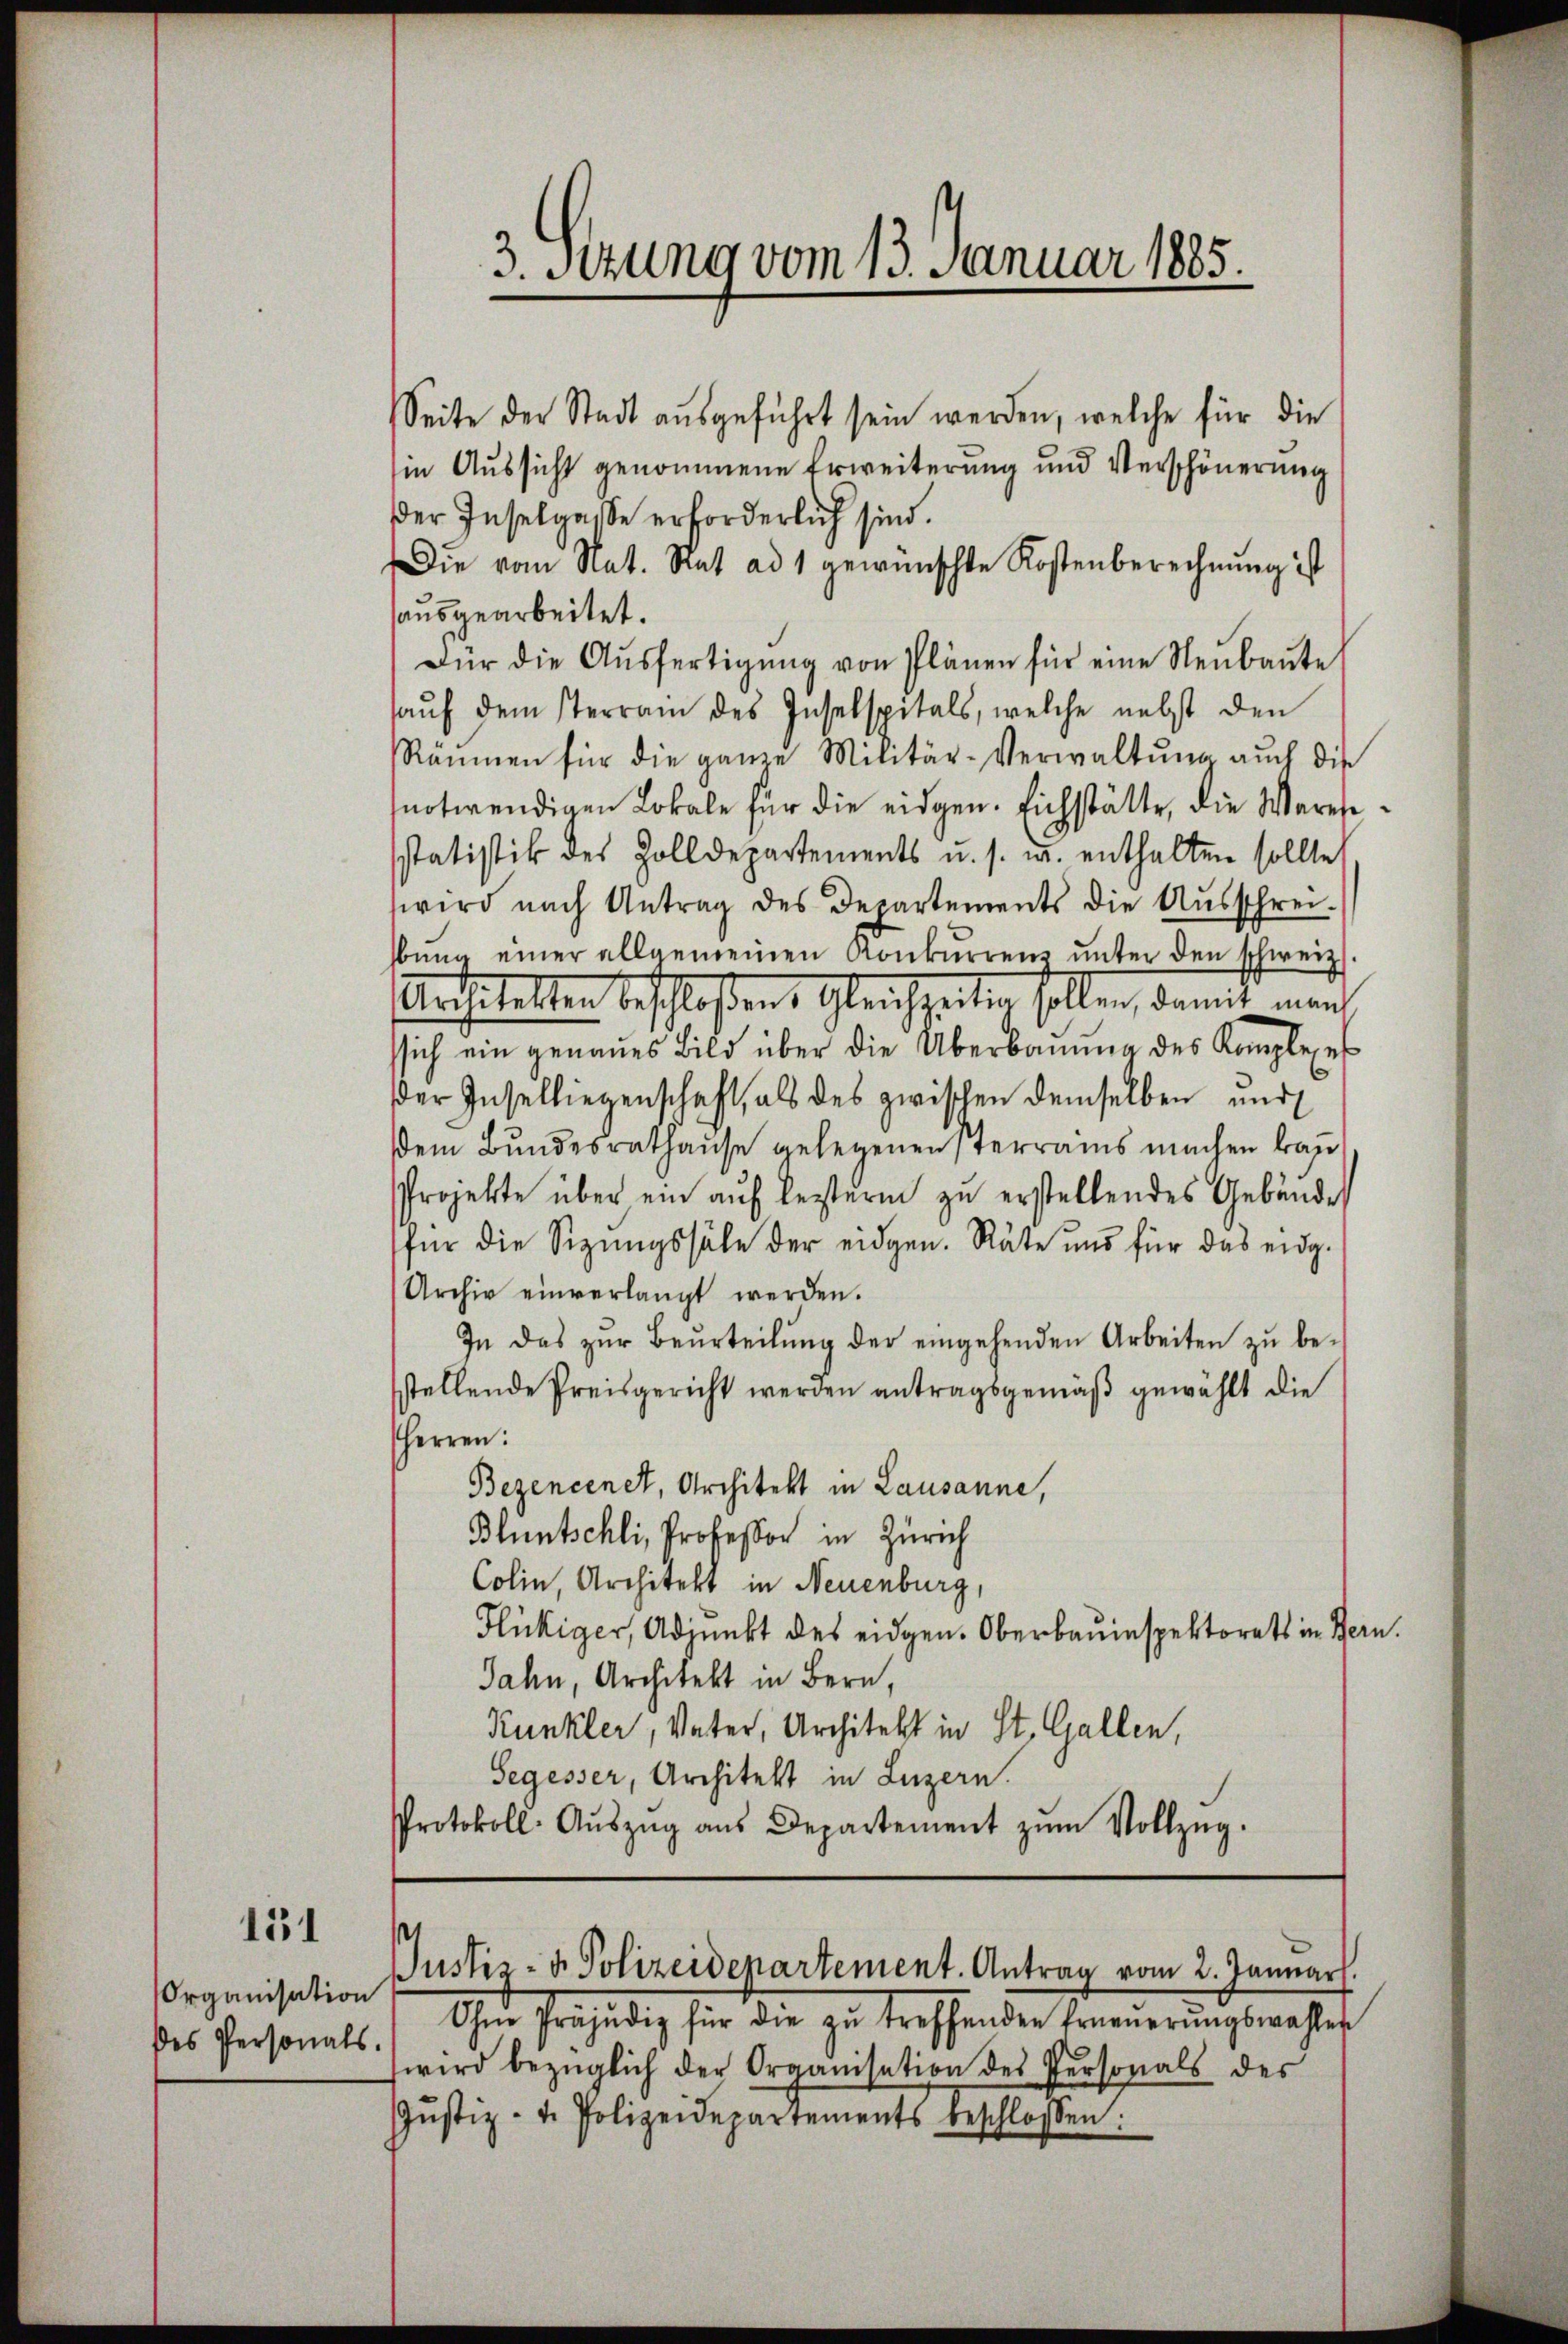
151

Organisation
des Personals.

3. Sitzung vom 13. Januar 1885.

Seite der Stadt ausgeführt sein werden, welche für die
in Aussicht genommene Erweiterung und Verschönerung
der Inselgasse erforderlich sind.
Die vom Nat. Rat ad 1 gewünschte Kostenberechnŭng ist
ausgearbeitet.
Für die Aŭsfertigŭng von Plänen für eine Neubaute
aŭf dem Terrain des Inselspitals, welche nebst den
Räumen für die ganze Militär-Verwaltŭng auch die
notwendigen Lokale für die eidgen. Eichstätte, die Warensstatistik des Zolldepartements u. s. w. enthalten sollte,
wird nach Antrag des Departements die Ausschreibŭng einer allgemeinen Konkŭrren ŭnter den schweiz.
Architelten beschloßen, Gleichzeiten sollen, damit man
sich ein genaues Bild über die Überbauma des Komple es
der Inselliegenschaft, als des zwischen demselben und
dem Bundesrathaŭse gelegenensterrains machen kan
Projekte über ein aŭf leztern zŭ erstellendes Gebäude
für die Sizŭngssale der eidgen. Räte und für das eidg.
Archiv einverlangt werden.
In das zŭr Beurteilŭng der eingehenden Arbeiten zŭ be-
stellende Preisgericht werden antragsgemäβ gewählt die
HHerren:
Bezencenet, Architekt in Lausanne,
Bluntschli, Professor in Zürich
Colin, Architekt in Neuenburg,
Flückiger, Adjunkt des eidgen. Oberbauinspektorats in Bern.
Jahn, Architekt in Bern,
Kunkler, Vater, Architekt in St. Gallen,
Segesser, Architekt in Luzern.
Protokoll- Aŭszŭg aŭs Departement zŭm Vollzŭg.

s
Justiz- & Polizeidepartement. Antrag vom 2. Januar.

Ohne Präjudiz für die zŭ treffenden Erneŭerŭngswahlen
wird bezüglich der Organisation des Personals des
Jŭstiz- u. Polizeidepartements beschlossen: